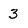
Character: 3